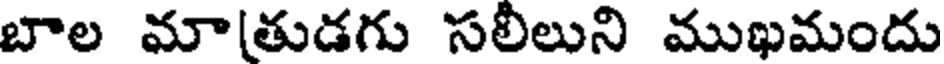
బాల మా[తుడగు సలీలుని ముఖమందు